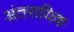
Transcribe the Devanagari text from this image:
अंतरायिक